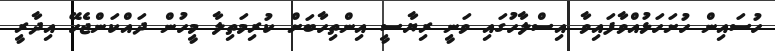
ހުސައިން ހުށަހަޅުއްވާފައިވާ އިސްލާހުގައި ވަނީ ރިޔާސީ އިންތިހާބަށް ކުރިމަތިލާ މީހުން ދައްކަންޖެހޭ އިދާރީ